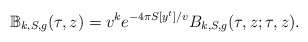
\begin{align*} \mathbb B_{k,S,g}(\tau,z)=v^{k}e^{-4\pi S[y^t]/v}B_{k,S,g}(\tau,z;\tau,z).\end{align*}